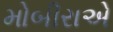
મોબીરાએ